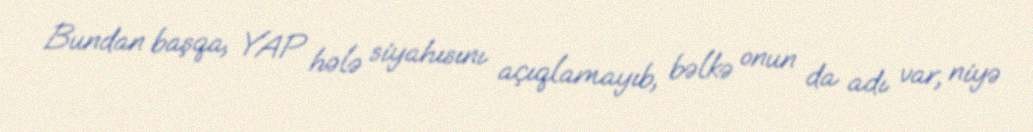
Bundan başqa, YAP hələ siyahısını açıqlamayıb, bəlkə onun da adı var, niyə